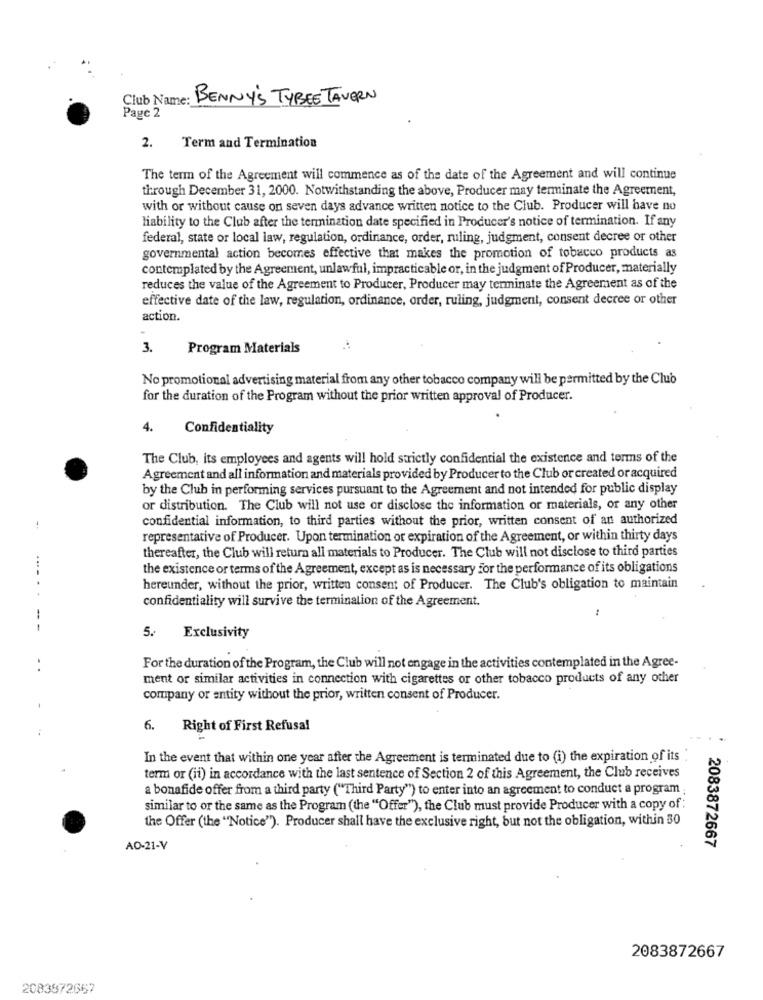
Club Name: BENNY'S TYBEE TAVERN
Paye 2
2. Term and Termination
The term of the Agreement will commence as of the date of the Agreement and will continue
through December 31, 2000. Notwithstanding the above, Producer may terminate the Agreement,
with or without cause on seven days advance written notice to the Club. Producer will have no
liability to the Club after the termination date specified in Producer's notice of termination. If any
federal, state or local law, regulation, ordinance, order, ruling, judgment, consent decree or other
governmental action becomes effective that makes the promotion of tobacco products as
contemplated by the Agreement, unlawful, impracticable or, in the judgment of Producer, materially
reduces the value of the Agreement to Producer, Producer may terminate the Agreement as of the
effective date of the law, regulation, ordinance, order, ruling, judgment, consent decree or other
action.
3.
Program Materials
No promotional advertising material from any other tobacco company will be permitted by the Club
for the duration of the Program without the prior written approval of Producer.
4.
Confidentiality
The Club, its employees and agents will hold strictly confidential the existence and terms of the
Agreement and all information and materials provided by Producer to the Club or created or acquired
by the Club in performing services pursuant to the Agreement and not intended for public display
or distribution. The Club will not use or disclose the information or materials, or any other
confidential information, to third parties without the prior, written consent of an authorized
representative of Producer. Upon termination or expiration of the Agreement, or within thirty days
thereafter, the Club will return all materials to Producer. The Club will not disclose to third parties
the existence or terms of the Agreement, except as is necessary for the performance of its obligations
.... .
hereunder, without the prior, written consent of Producer. The Club's obligation to maintain
confidentiality will survive the termination of the Agreement.
-- -
Exclusivity
For the duration of the Program, the Club will not engage in the activities contemplated in the Agree-
ment or similar activities in connection with cigarettes or other tobacco products of any other
company or entity without the prior, written consent of Producer.
6. Right of First Refusal
In the event that within one year after the Agreement is terminated due to (i) the expiration of its
term or (ii) in accordance with the last sentence of Section 2 of this Agreement, the Club receives
a bonafide offer from a third party ("Third Party") to enter into an agreement to conduct a program
similar to or the same as the Program (the "Offer"), the Club must provide Producer with a copy of :
the Offer (the "Notice"). Producer shall have the exclusive right, but not the obligation, within 30
2083872667
AO-21-V
2083872667
2083872667